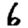
Digit: 6